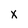
Character: x